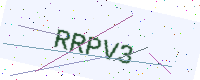
Text: RRPV3